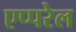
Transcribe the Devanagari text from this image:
एप्परेल